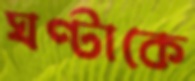
ঘণ্টাকে